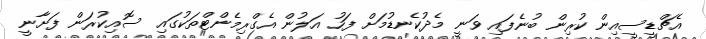
އެޗްޑީސީއިން ކުރިން ބުނެފައި ވަނީ މެދުކެނޑުމަށް ފަހު އަލުން އެގްރިމެންޓްތަކުގައި ސޮއިކުރަން ފަށާނީ